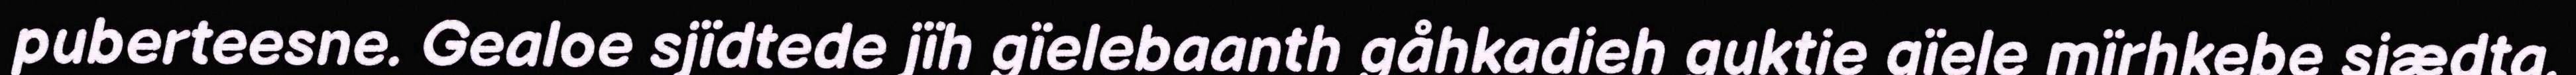
puberteesne. Gealoe sjïdtede jïh gïelebaanth gåhkadieh guktie gïele mïrhkebe sjædta.